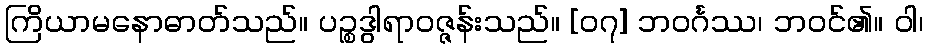
ကြိယာမနောဓာတ်သည်။ ပဉ္စဒွါရာဝဇ္ဇန်းသည်။ [၀၇] ဘဝင်္ဂဿ၊ ဘဝင်၏။ ဝါ၊